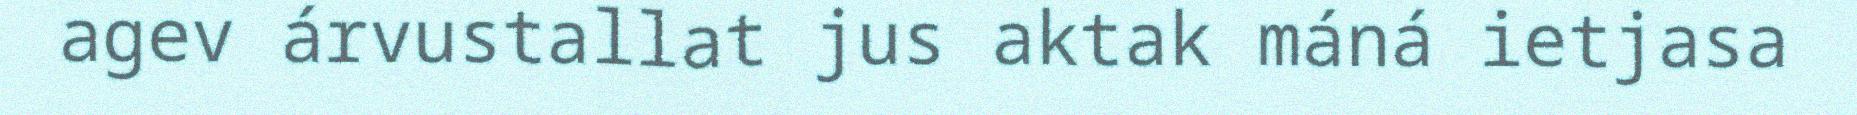
agev árvustallat jus aktak máná ietjasa